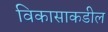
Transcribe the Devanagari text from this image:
विकासाकडील